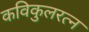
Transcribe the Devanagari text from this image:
कविकुलरत्न